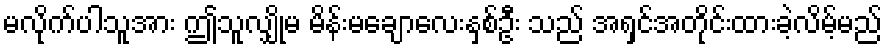
မလိုက်ပါသူအား ဤသူလျှိုမ မိန်းမချောလေးနှစ်ဦး သည် အရှင်အတိုင်းထားခဲ့လိမ့်မည်